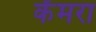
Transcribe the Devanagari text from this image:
कॅमरा